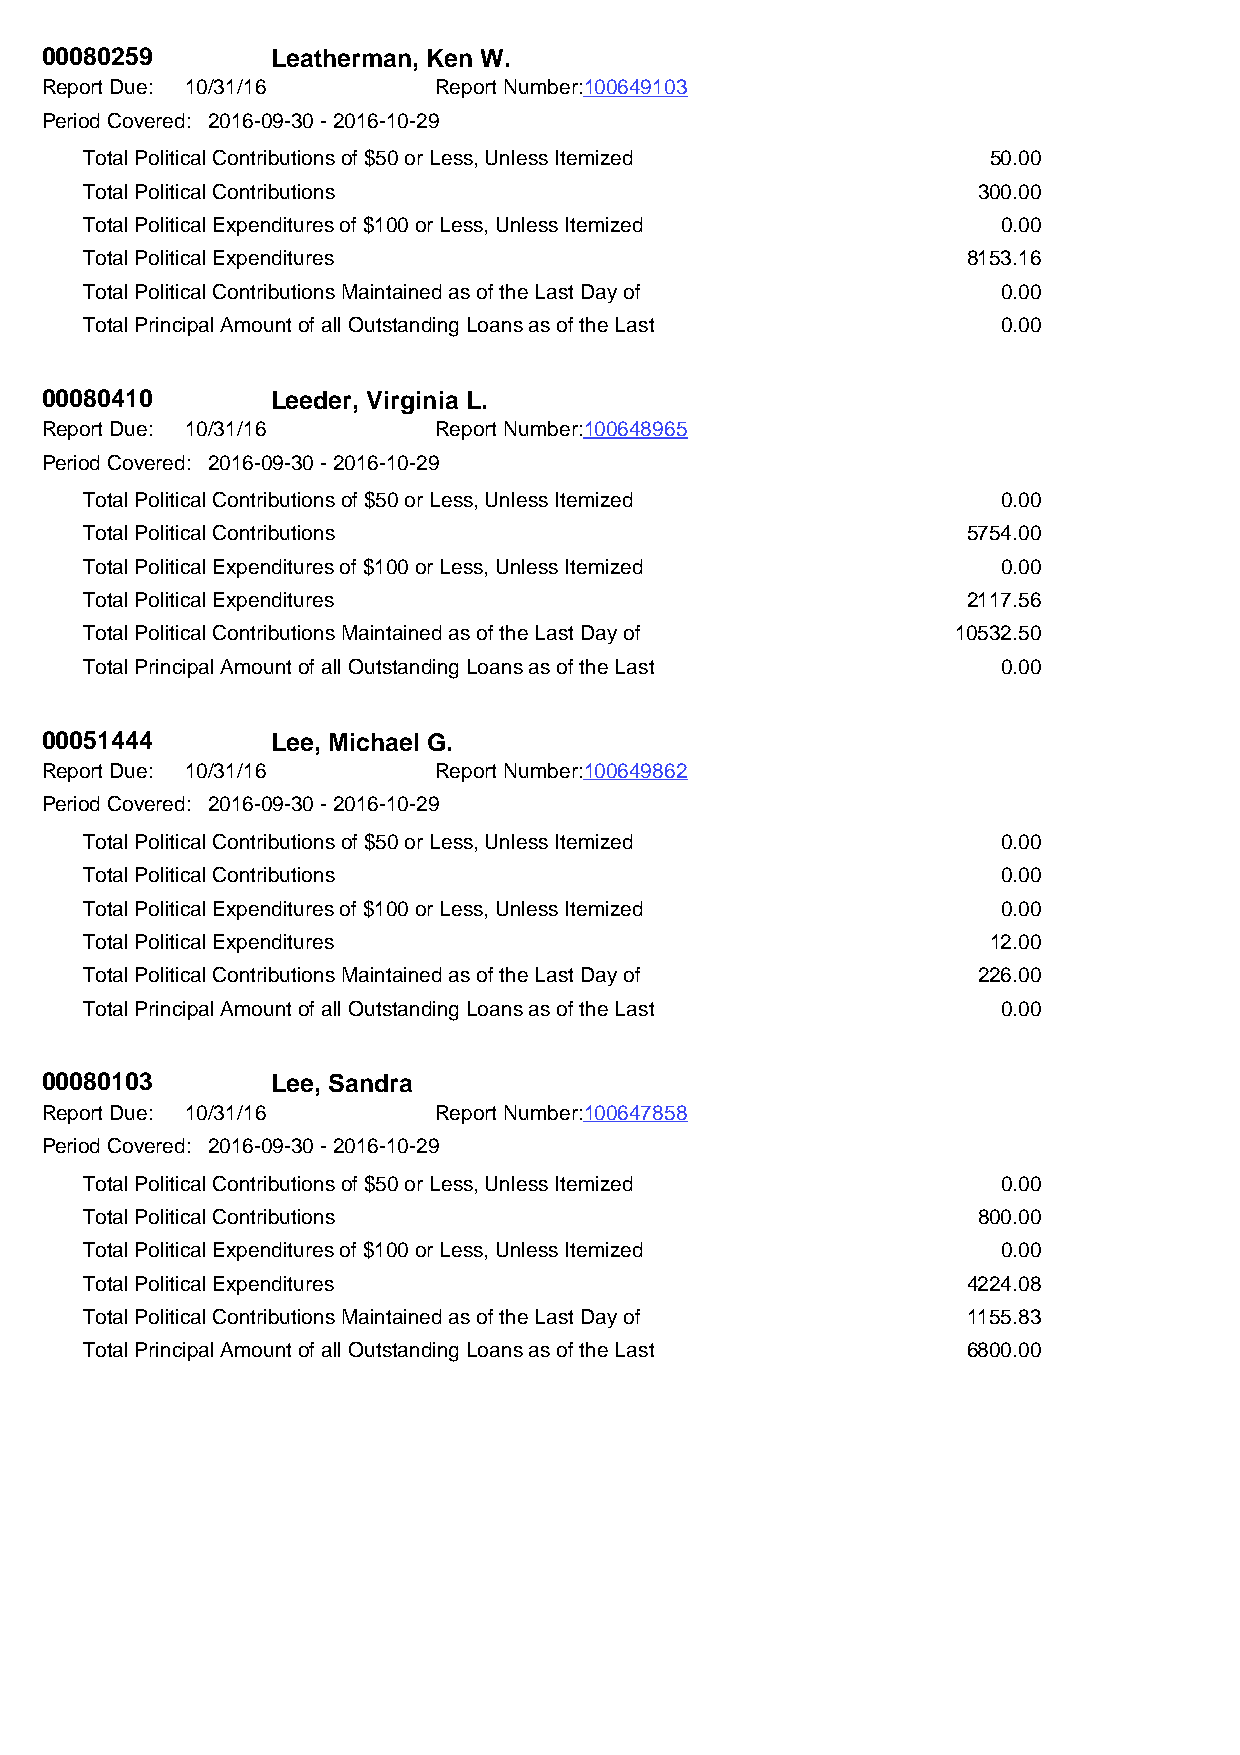
00080259       Leatherman, Ken W.
 Report Due: 10/31/16      Report Number:100649103
 Period Covered: 2016-09-30 - 2016-10-29
 Total Political Contributions of $50 or Less, Unless Itemized 50.00
 Total Political Contributions                              300.00
 Total Political Expenditures of $100 or Less, Unless Itemized 0.00
 Total Political Expenditures                              8153.16
 Total Political Contributions Maintained as of the Last Day of 0.00
 Total Principal Amount of all Outstanding Loans as of the Last 0.00
 00080410       Leeder, Virginia L.
 Report Due: 10/31/16      Report Number:100648965
 Period Covered: 2016-09-30 - 2016-10-29
 Total Political Contributions of $50 or Less, Unless Itemized 0.00
 Total Political Contributions                             5754.00
 Total Political Expenditures of $100 or Less, Unless Itemized 0.00
 Total Political Expenditures                              2117.56
 Total Political Contributions Maintained as of the Last Day of 10532.50
 Total Principal Amount of all Outstanding Loans as of the Last 0.00
 00051444       Lee, Michael G.
 Report Due: 10/31/16      Report Number:100649862
 Period Covered: 2016-09-30 - 2016-10-29
 Total Political Contributions of $50 or Less, Unless Itemized 0.00
 Total Political Contributions                               0.00
 Total Political Expenditures of $100 or Less, Unless Itemized 0.00
 Total Political Expenditures                                12.00
 Total Political Contributions Maintained as of the Last Day of 226.00
 Total Principal Amount of all Outstanding Loans as of the Last 0.00
 00080103       Lee, Sandra
 Report Due: 10/31/16      Report Number:100647858
 Period Covered: 2016-09-30 - 2016-10-29
 Total Political Contributions of $50 or Less, Unless Itemized 0.00
 Total Political Contributions                              800.00
 Total Political Expenditures of $100 or Less, Unless Itemized 0.00
 Total Political Expenditures                              4224.08
 Total Political Contributions Maintained as of the Last Day of 1155.83
 Total Principal Amount of all Outstanding Loans as of the Last 6800.00